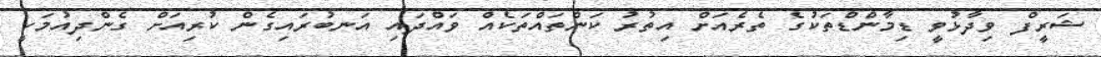
ޝަރީފް ވިދާޅުވީ ޑިމާންޑްތަކުގެ ތެރެއަށް އިތުރު ކަންތައްތަކެއް ވައްދައި އަނބުރައިގެން ކުރިއަށް ގެންދިއުމަކީ